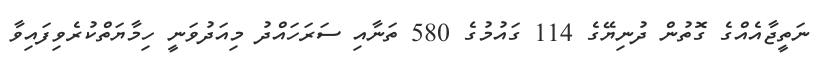
ނަތީޖާއެއްގެ ގޮތުން ދުނިޔޭގެ 114 ގައުމުގެ 580 ތަނާއި ސަރަހައްދު މިއަދުވަނީ ހިމާޔަތްކުރެވިފައިވާ